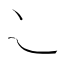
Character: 𬻿